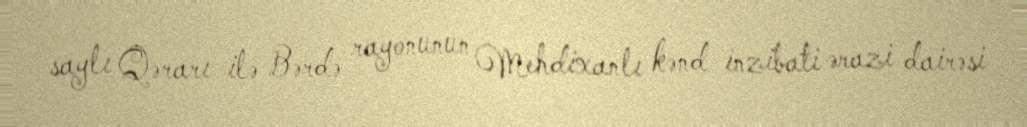
saylı Qərarı ilə Bərdə rayonunun Mehdixanlı kənd inzibati ərazi dairəsi